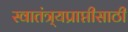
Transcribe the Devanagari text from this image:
स्वातंत्र्यप्राप्तीसाठी